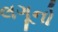
લગૂનો